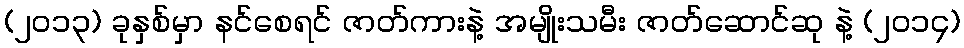
(၂၀၁၃) ခုနှစ်မှာ နင်စေရင် ဇာတ်ကားနဲ့ အမျိုးသမီး ဇာတ်ဆောင်ဆု နဲ့ (၂၀၁၄)